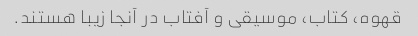
قهوه، کتاب، موسیقی و آفتاب در آنجا زیبا هستند.